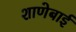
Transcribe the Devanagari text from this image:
शाणेबाई